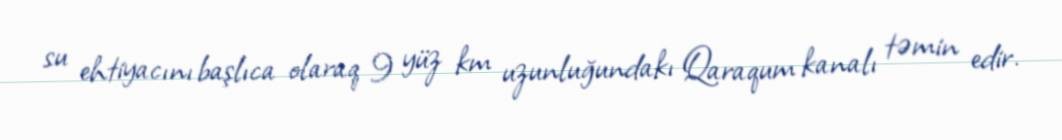
su ehtiyacını başlıca olaraq 9 yüz km uzunluğundakı Qaraqum kanalı təmin edir.